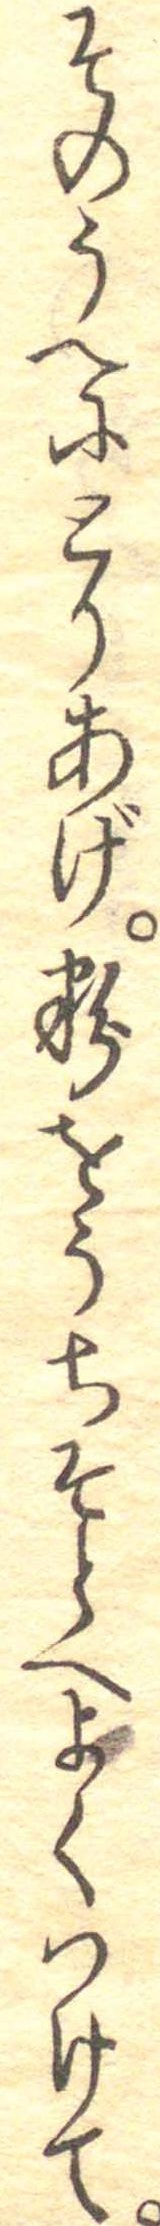
そのうへにとりあげ粉をうちそとへよくつけて